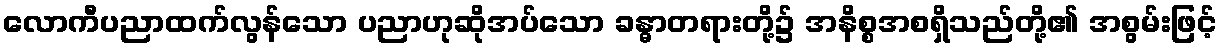
လောကီပညာထက်လွန်သော ပညာဟုဆိုအပ်သော ခန္ဓာတရားတို့၌ အနိစ္စအစရှိသည်တို့၏ အစွမ်းဖြင့်